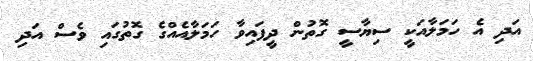
އަދި އެ ހަމަލާއަކީ ސިޔާސީ ގޮތުން ދީފައިވާ ހަމަލާއެއްގެ ގޮތުގައި ވެސް އަދި